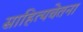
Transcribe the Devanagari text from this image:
साहित्यचेतना